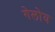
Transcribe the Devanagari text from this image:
गेलोय